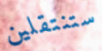
ستنتقلين